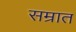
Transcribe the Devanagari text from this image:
सम्रात